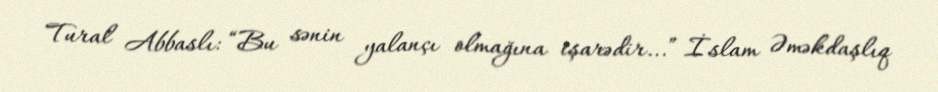
Tural Abbaslı: “Bu sənin yalançı olmağına işarədir...” İslam Əməkdaşlıq